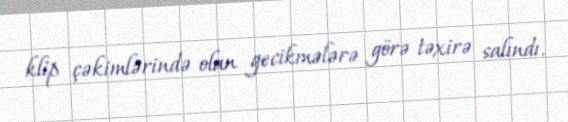
klip çəkimlərində olan gecikmələrə görə təxirə salındı.